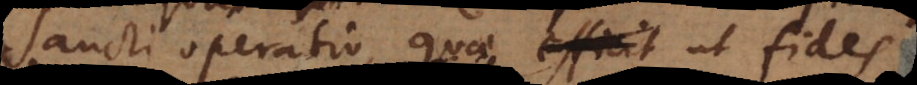
Sancti operatio, quae ut fides